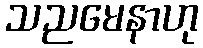
သညမေနာဟု